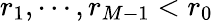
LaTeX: r_{1},\cdots,r_{M-1}<r_{0}